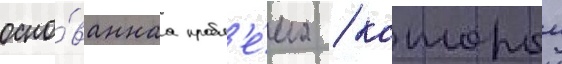
осно́ваннаа пробл'е́ма / которои